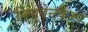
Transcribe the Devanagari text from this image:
नियूवेनकैम्प